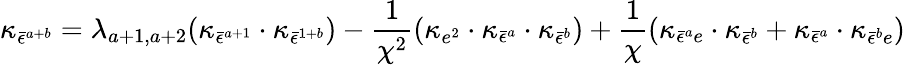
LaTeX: \kappa_{\bar{\epsilon}^{a+b}}=\lambda_{a+1,a+2}(\kappa_{\bar{\epsilon}^{a+1}}\cdot\kappa_{\bar{\epsilon}^{1+b}})-\frac{1}{\chi^{2}}(\kappa_{e^{2}}\cdot\kappa_{\bar{\epsilon}^{a}}\cdot\kappa_{\bar{\epsilon}^{b}})+\frac{1}{\chi}(\kappa_{\bar{\epsilon}^{a}e}\cdot\kappa_{\bar{\epsilon}^{b}}+\kappa_{\bar{\epsilon}^{a}}\cdot\kappa_{\bar{\epsilon}^{b}e})